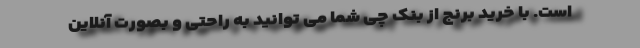
است. با خرید برنج از بنک چی شما می توانید به راحتی و بصورت آنلاین